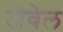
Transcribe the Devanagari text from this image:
जेवेल